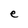
Character: e